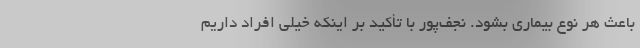
باعث هر نوع بیماری بشود. نجف‌پور با تأکید بر اینکه خیلی افراد داریم